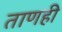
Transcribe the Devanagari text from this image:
ताणही